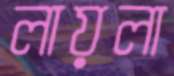
লায়লা